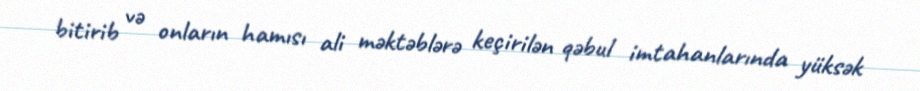
bitirib və onların hamısı ali məktəblərə keçirilən qəbul imtahanlarında yüksək